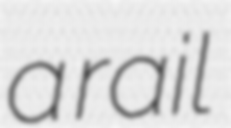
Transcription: a rail